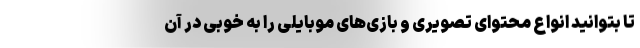
تا بتوانید انواع محتوای تصویری و بازی‌های موبایلی را به خوبی در آن